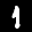
Label: 1